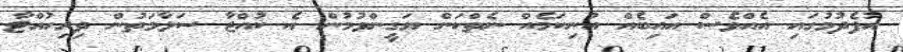
އުފެދުމުގައި އެއްވެސް އައިބެއް އުނިކަމެއް ނެތްކަން ޔަގީންވުމުން އެ ކުއްޖާ ސަލާމަތުން ދިރިހުއްޓާ